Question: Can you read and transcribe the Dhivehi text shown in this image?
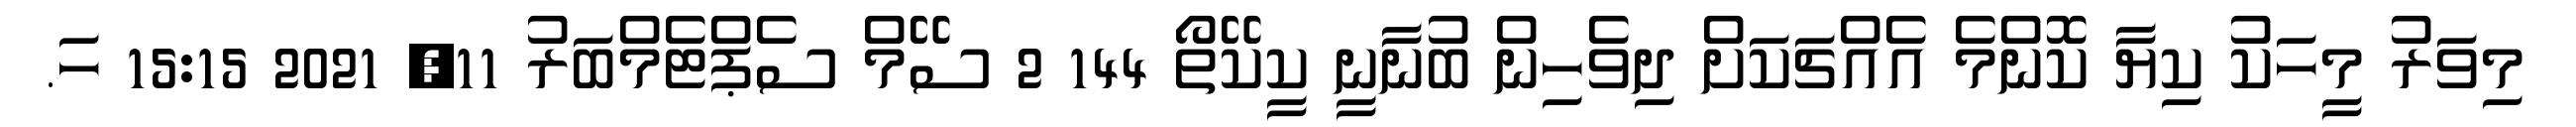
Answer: މިވަރު މީހަކު ކިޔާ ކޮންމެ އެއްޗަކަށް ދިވެހިން ބުނާނީ ކީކޭތޯ 144 2 ސޭމް ސެޕްޓެމްބަރު 11, 2021 15:15 ހަ.